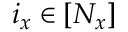
i _ { x } \in [ N _ { x } ]